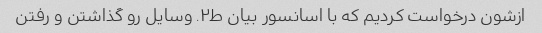
ازشون درخواست کردیم که با اسانسور بیان ط۲. وسایل رو گذاشتن و رفتن